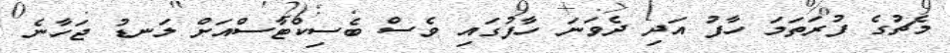
މެޗުގެ ފުރަތަމަ ހާފު އަދި ދެވަނަ ހާފުގައި ވެސް ބެސިކްޓާސްއަށް ލަނޑު ޖަހާނެ